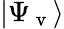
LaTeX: |\Psi_{\mathrm{~v~}}\rangle